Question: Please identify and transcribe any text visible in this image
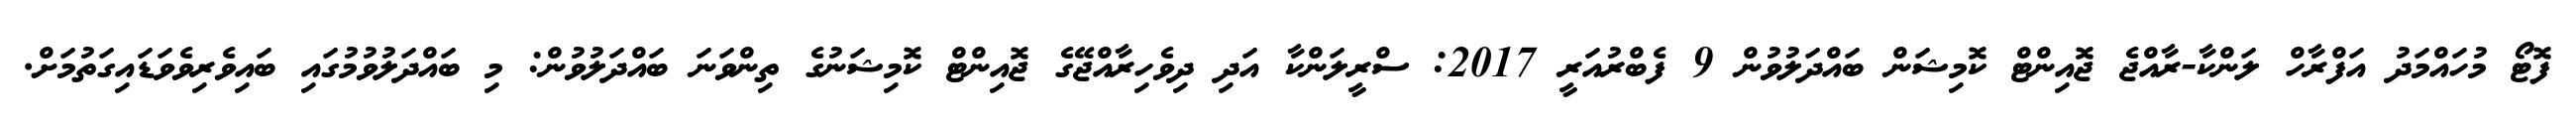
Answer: ފޮޓޯ މުހައްމަދު އަފްރާހް ލަންކާ-ރާއްޖެ ޖޮއިންޓް ކޮމިޝަން ބައްދަލުވުން 9 ފެބްރުއަރީ 2017: ސްރީލަންކާ އަދި ދިވެހިރާއްޖޭގެ ޖޮއިންޓް ކޮމިޝަނުގެ ތިންވަނަ ބައްދަލުވުން: މި ބައްދަލުވުމުގައި ބައިވެރިވެވަޑައިގަތުމަށް.